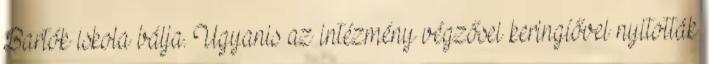
Bartók iskola bálja. Ugyanis az intézmény végzősei keringíővel nyitották